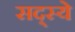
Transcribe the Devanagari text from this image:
सद्स्ये